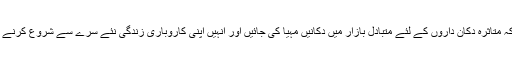
ضرورت اس امر کی ہے کہ متاثرہ دکان داروں کے لئے متبادل بازار میں دکانیں مہیا کی جائیں اور انہیں اپنی کاروباری زندگی نئے سرے سے شروع کرنے کے مواقع مہیا کئے جائیں!